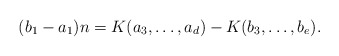
\begin{align*} (b_1-a_1)n=K(a_3,\ldots,a_d)-K(b_3,\ldots,b_e). \end{align*}